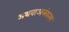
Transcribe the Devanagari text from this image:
अथवाअलंकरण